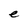
Character: e